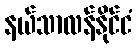
နယ်သာလန်နိုင်ငံ